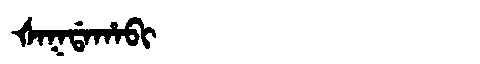
Manchu: ᡧᠠᡴᡩᠠᡥᠠᠪᡳ
Romanization: ŠAKDAHABI